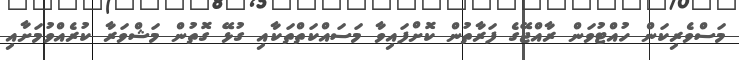
މަސްވެރިކަން ހުއްޓުވަން ރާއްޖޭގެ ފަރާތުން ކޮށްފައިވާ މަސައްކަތްތަކާއި ގުޅޭ ގޮތުން މަޝްވަރާ ކުރެއްވުމަށާއި